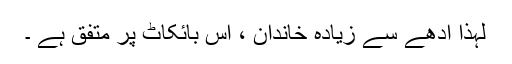
لہذا آدھے سے زیادہ خاندان ، اس بائکاٹ پر متفق ہے ۔